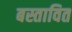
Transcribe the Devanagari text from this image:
बस्तावित